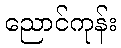
ညောင်ကုန်း